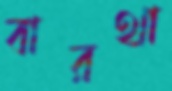
বারথা